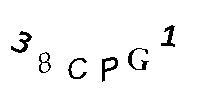
38CPG1